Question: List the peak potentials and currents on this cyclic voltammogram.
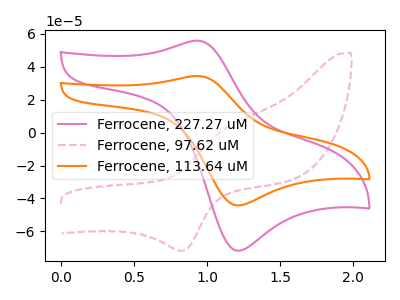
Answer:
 <answer>The pink curve "Ferrocene, 227.27 uM" has an anodic peak at (0.95V, 55.90uA) and a cathodic peak at (1.20V, -71.75uA). The pink dashed curve "Ferrocene, 97.62 uM" has an anodic peak at (1.10V, 1.85uA) and a cathodic peak at (0.85V, -71.80uA). The orange curve "Ferrocene, 113.64 uM" has an anodic peak at (0.95V, 34.45uA) and a cathodic peak at (1.20V, -44.20uA).</answer>
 <eval></eval>